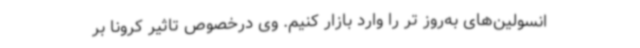
انسولین‌های به‌روز تر را وارد بازار کنیم. وی درخصوص تاثیر کرونا بر